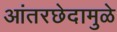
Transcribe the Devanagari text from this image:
आंतरछेदामुळे